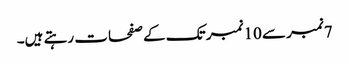
7نمبر سے 10نمبر تک کے صفحات رہتے ہیں۔